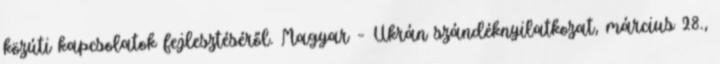
közúti kapcsolatok fejlesztéséről. Magyar – Ukrán szándéknyilatkozat, március 28.,